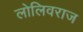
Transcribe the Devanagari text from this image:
लोलिवराज